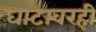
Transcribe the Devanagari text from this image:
घाटावरही